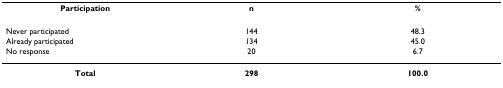
<table><thead><tr><td><b>Participation</b></td><td><b>n</b></td><td><b>%</b></td></tr></thead><tbody><tr><td>Never participated</td><td>144</td><td>48.3</td></tr><tr><td>Already participated</td><td>134</td><td>45.0</td></tr><tr><td>No response</td><td>20</td><td>6.7</td></tr><tr><td><b>Total</b></td><td><b>298</b></td><td><b>100.0</b></td></tr></tbody></table>